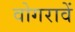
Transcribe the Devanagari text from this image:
वोगरावें